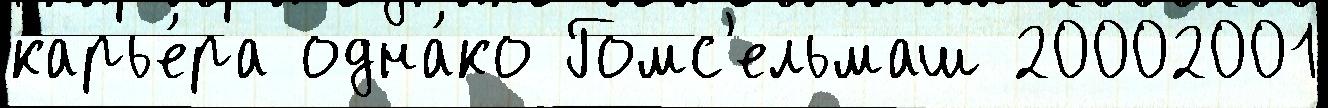
карье́ра одна́ко Гомс'ельмаш 20002001